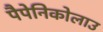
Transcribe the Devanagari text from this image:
पैपेनिकोलाउ